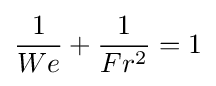
{\frac {1}{We}}+{\frac {1}{Fr^{2}}}=1